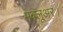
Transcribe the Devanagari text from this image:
मक्लूअर।